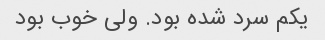
یکم سرد شده بود. ولی خوب بود